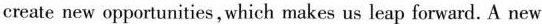
create new opportunities, which makes us leap forward. A new